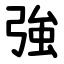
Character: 強